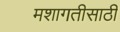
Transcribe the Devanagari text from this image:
मशागतीसाठी